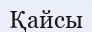
Қайсы